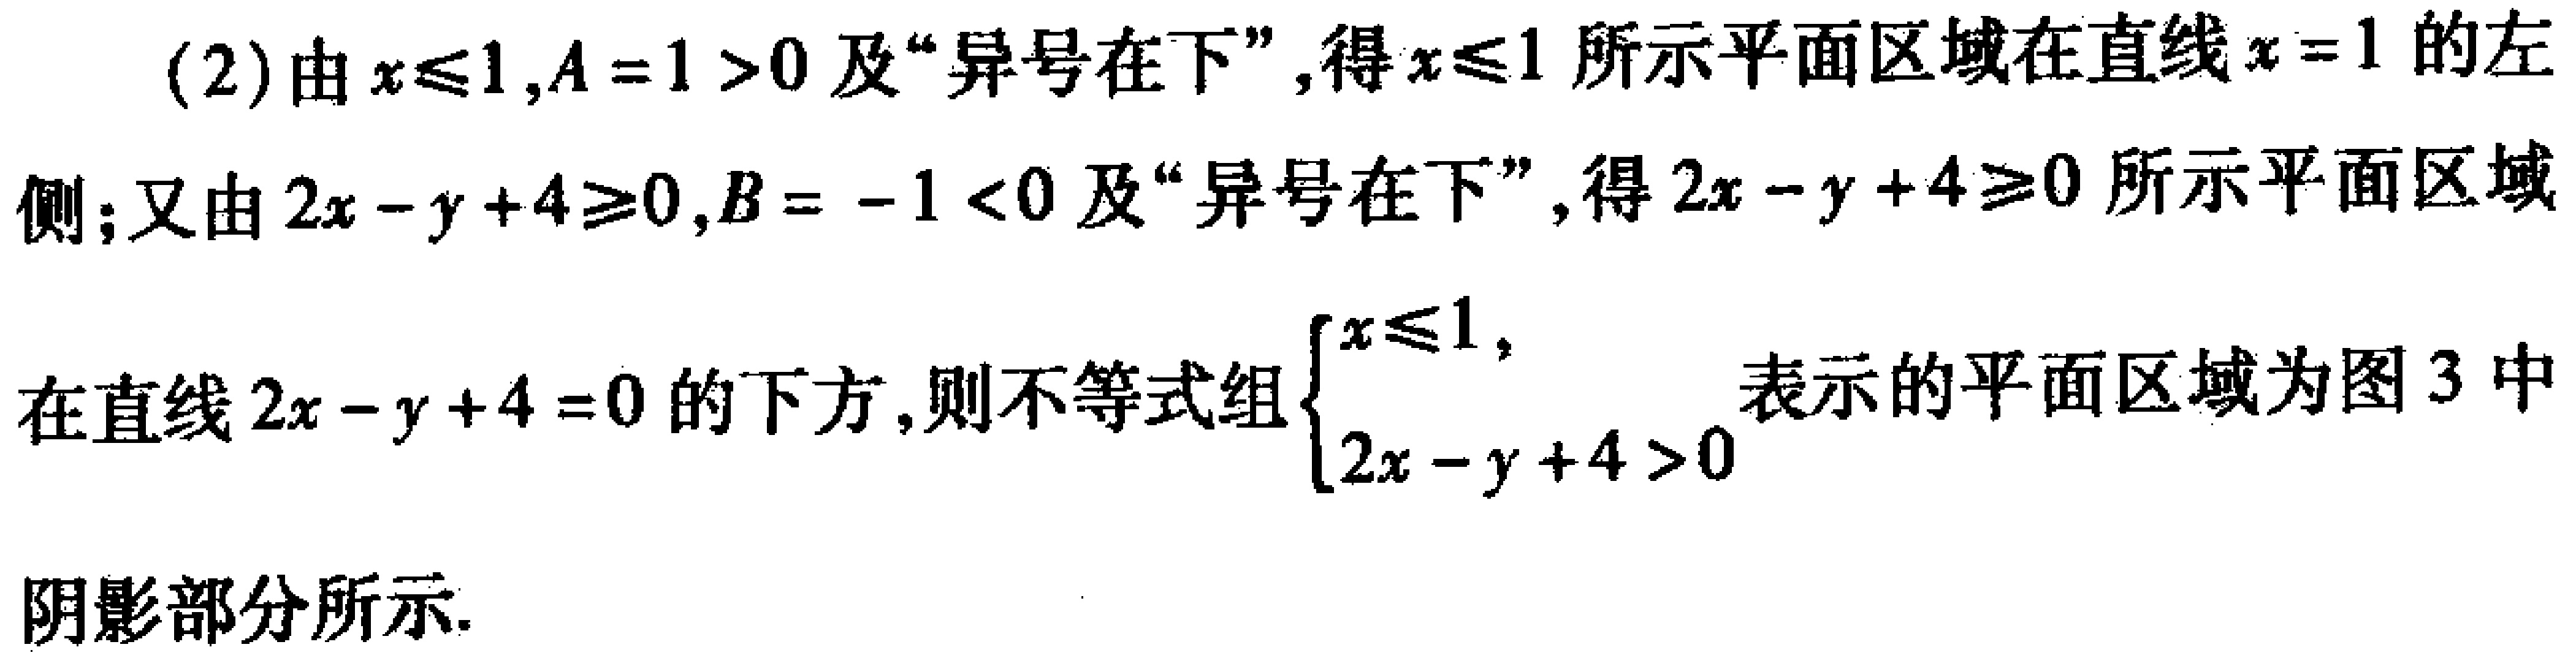
(2)由\(x\leqslant1,A = 1>0\)及“异号在下”,得\(x\leqslant1\)所示平面区域在直线\(x = 1\)的左侧;又由\(2x - y + 4\geqslant0,B=-1<0\)及“异号在下”,得\(2x - y + 4\geqslant0\)所示平面区域在直线\(2x - y + 4 = 0\)的下方,则不等式组\(\begin{cases}x\leqslant1,\\2x - y + 4>0\end{cases}\)表示的平面区域为图3中阴影部分所示.